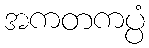
အကတကပ္ပံ